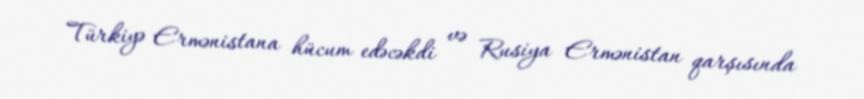
Türkiyə Ermənistana hücum edəcəkdi və Rusiya Ermənistan qarşısında